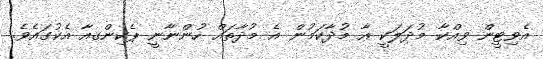
އެވިޓީން ވިއްކާ މުދަލަކީ އާ މުދާކަމުން އެ މުދާތައް ހުންނާނީ ޕެކިންގއާ އެކުގައެވެ.